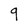
Character: q